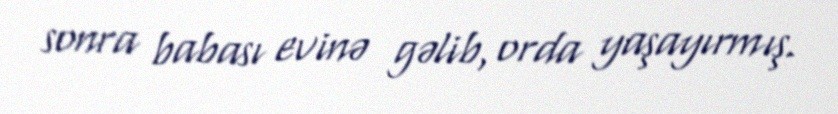
sonra babası evinə gəlib, orda yaşayırmış.